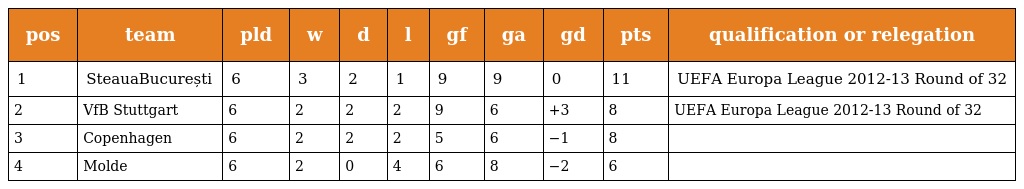
| pos | team | pld | w | d | l | gf | ga | gd | pts | qualification or relegation |
 | --- | --- | --- | --- | --- | --- | --- | --- | --- | --- | --- |
 | 1 | SteauaBucurești | 6 | 3 | 2 | 1 | 9 | 9 | 0 | 11 | UEFA Europa League 2012-13 Round of 32 |
 | 2 | VfB Stuttgart | 6 | 2 | 2 | 2 | 9 | 6 | +3 | 8 | UEFA Europa League 2012-13 Round of 32 |
 | 3 | Copenhagen | 6 | 2 | 2 | 2 | 5 | 6 | −1 | 8 |  |
 | 4 | Molde | 6 | 2 | 0 | 4 | 6 | 8 | −2 | 6 |  |